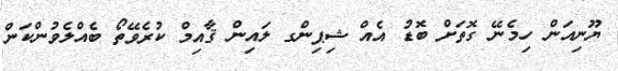
ޔޫނިއަން ހިމެނޭ ގޮތަށް ބޮޑު އެއް ޝިޕިންގ ލައިން ޤާއިމް ކުރެވޭތޯ ބެއްލެވުންކަން